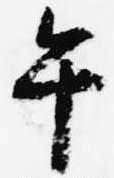
午